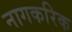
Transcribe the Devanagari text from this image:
नागकरिक